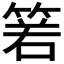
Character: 𥮷